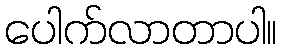
ပေါက်လာတာပါ။